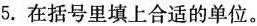
5.在括号里填上合适的单位。